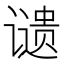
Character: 𬤦